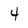
Character: 4